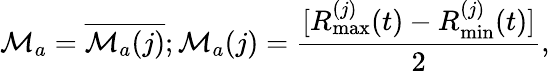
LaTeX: {\cal M}_{a}={\overline{{{\cal M}_{a}(j)}}};{\cal M}_{a}(j)=\frac{[R_{\mathrm{max}}^{(j)}(t)-R_{\mathrm{min}}^{(j)}(t)]}{2},